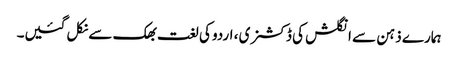
ہمارے ذہن سے انگلش کی ڈکشنری ، اردو کی لغت بھک سے نکل گئیں۔